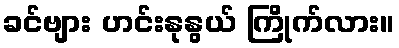
ခင်ဗျား ဟင်းနုနွယ် ကြိုက်လား။